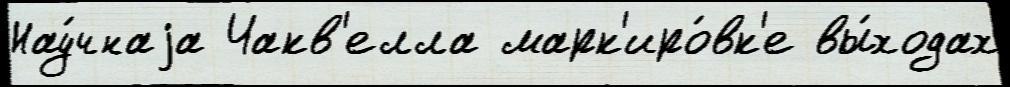
Нау́чнаjа Чакв'елла марк'иро́вк'е вы́ходах